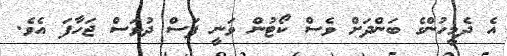
އެ ދެމީހުންގެ ބަންދަށް ވެސް ކޯޓުން ވަނީ ފަސް ދުވަސް ޖަހާފަ އެވެ.